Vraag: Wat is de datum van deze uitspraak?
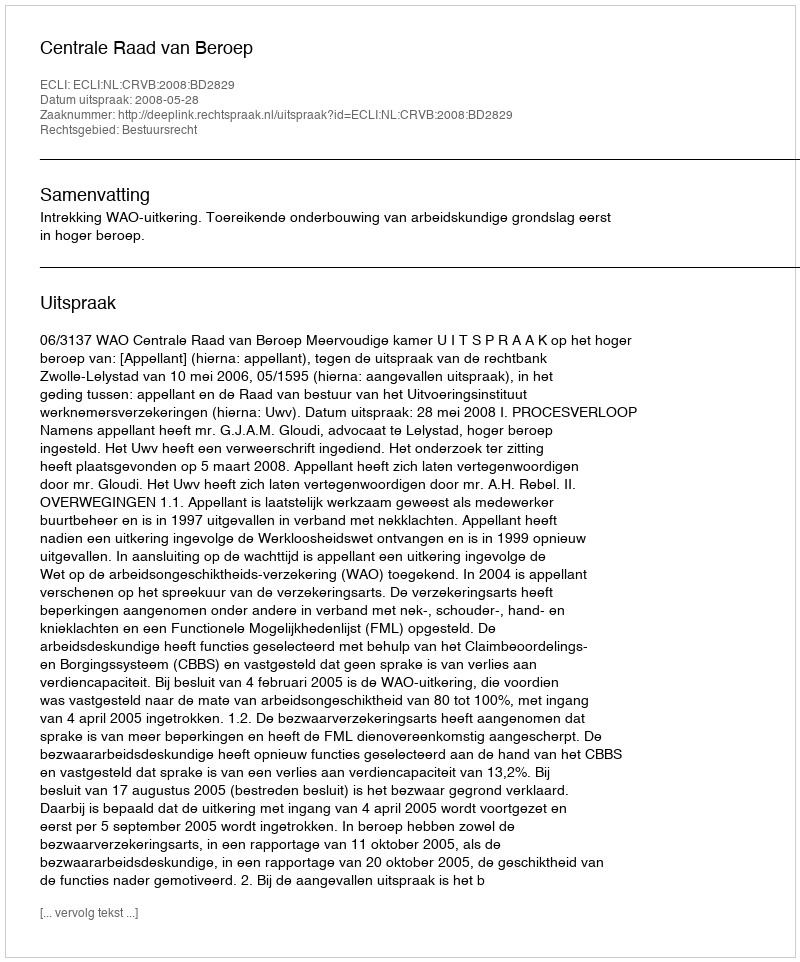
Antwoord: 2008-05-28